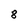
Character: 8